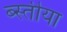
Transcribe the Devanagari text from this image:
ब्स्तीया